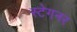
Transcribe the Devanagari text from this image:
स्टेगनर